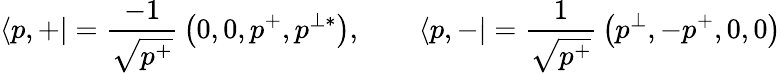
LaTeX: \left\langle{p,+}\right|={\frac{-1}{\sqrt{p^{+}}}}\left(0,0,p^{+},p^{\perp*}\right),\qquad\left\langle{p,-}\right|={\frac{1}{\sqrt{p^{+}}}}\left(p^{\perp},-p^{+},0,0\right)